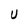
Character: U